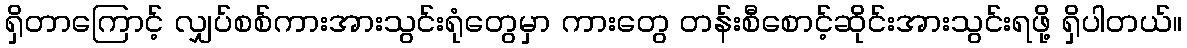
ရှိတာကြောင့် လျှပ်စစ်ကားအားသွင်းရုံတွေမှာ ကားတွေ တန်းစီစောင့်ဆိုင်းအားသွင်းရဖို့ ရှိပါတယ်။